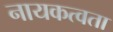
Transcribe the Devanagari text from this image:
नायकत्वता